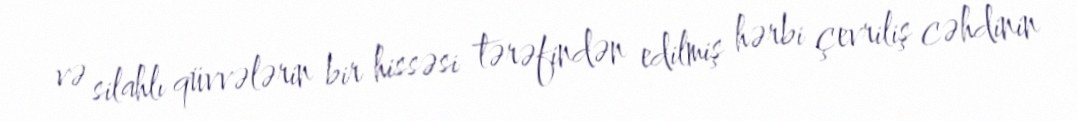
və silahlı qüvvələrin bir hissəsi tərəfindən edilmiş hərbi çevriliş cəhdinin